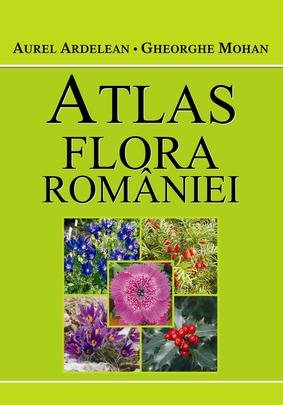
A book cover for Atlas. flora Romaniei (Romanian Edition); Gheorghe, Ardelean, Aurel Mohan; Travel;